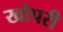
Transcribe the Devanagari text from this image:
खोपरी